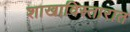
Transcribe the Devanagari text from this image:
शाखाविस्तारात